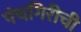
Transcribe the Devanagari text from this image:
पंचगिरीची